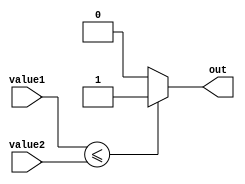
module less_than_or_equal_to_comparator (
    input [7:0] value1, // First value to be compared
    input [7:0] value2, // Second value to be compared
    output reg out // Output signal indicating result of comparison
);

always @(value1, value2)
begin
    if (value1 <= value2) // Check if value1 is less than or equal to value2
        out <= 1'b1; // Output 1 if true
    else
        out <= 1'b0; // Output 0 if false
end

endmodule